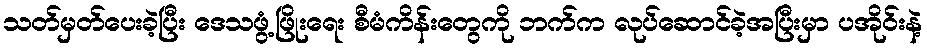
သတ်မှတ်ပေးခဲ့ပြီး ဒေသဖွံ့ဖြိုးရေး စီမံကိန်းတွေကို ဘက်က လုပ်ဆောင်ခဲ့အပြီးမှာ ပအိုဝ်းနဲ့